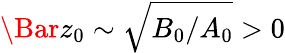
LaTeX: \Bar{z}_{0}\sim\sqrt{B_{0}/A_{0}}>0